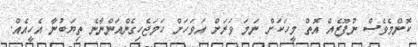
ކޮންމެވެސް ނުފޫޒެއް އޮތް މީހަކަށް ނަމަ ވަރަށް އަވަހަށް ހަމަޖެހިގެންއަންނާނެ ތިޔަބުނާ އެހީއެއް.